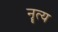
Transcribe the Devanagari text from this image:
नॄत्य